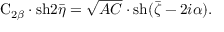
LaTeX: \mathrm { C } _ { 2 \beta } \cdot \mathrm { s h } 2 \bar { \eta } = \sqrt { A C } \cdot \mathrm { s h } ( \bar { \zeta } - 2 i \alpha ) .